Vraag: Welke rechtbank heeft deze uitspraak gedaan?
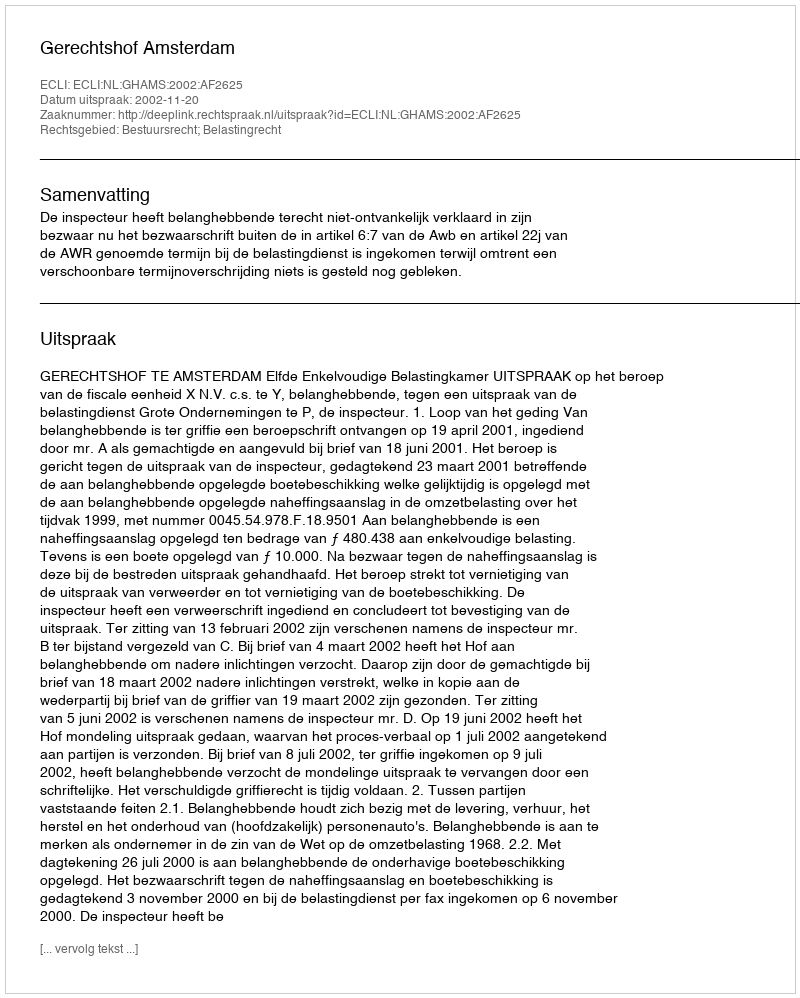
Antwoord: Gerechtshof Amsterdam